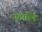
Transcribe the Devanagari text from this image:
गंडास्थि